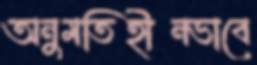
অনুমতিহীনভাবে